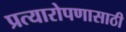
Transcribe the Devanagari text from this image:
प्रत्यारोपणासाठी